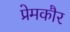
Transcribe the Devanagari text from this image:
प्रेमकौर